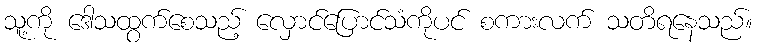
သူ့ကို ဒေါသထွက်စေသည့် လှောင်ပြောင်သံကိုပင် စကားလက် သတိရနေသည်။